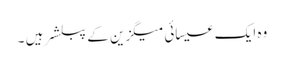
وہ ایک عیسائی میگزین کے پبلشر ہیں ۔